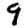
Digit: 9